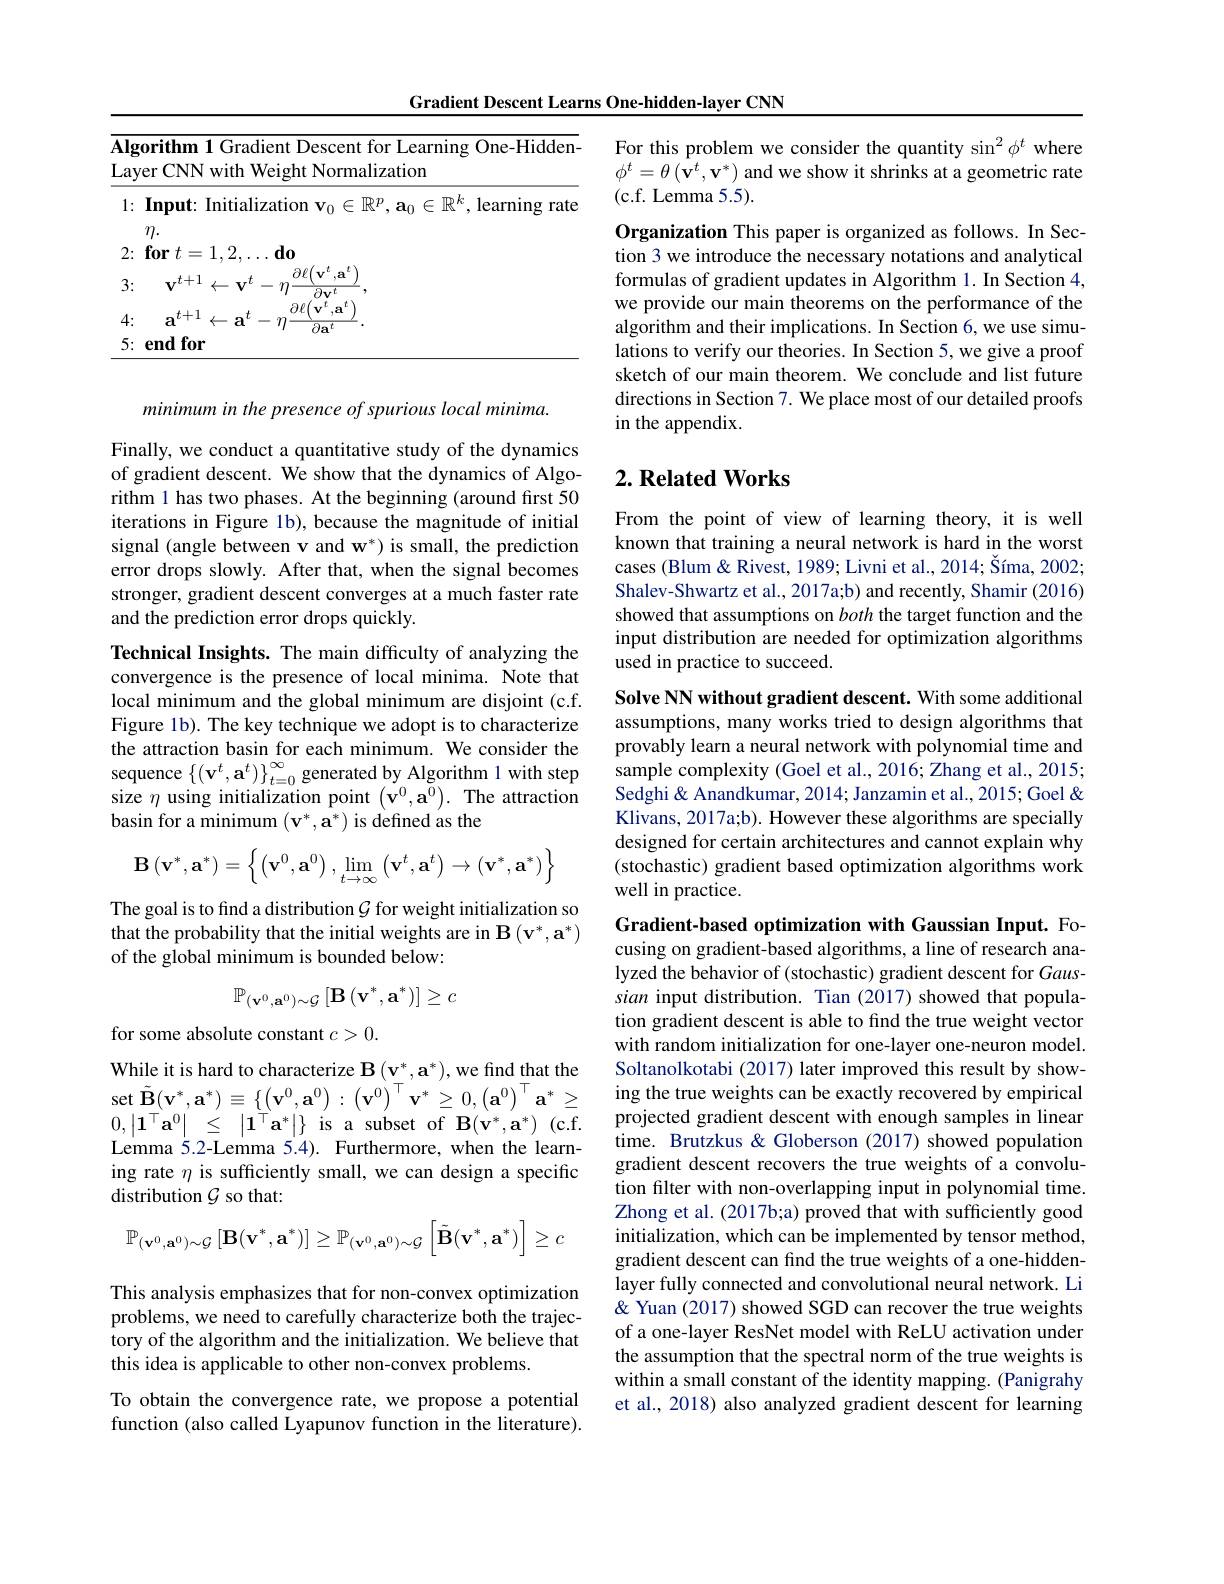
Gradient Descent Learns One-hidden-layer CNN

<table>
	<tbody>
		<tr>
			<td>1: $\textbf{Input: Initializa}$</td>
			<td>1:</td>
			<td>$\textbf{nput: Initialization v}_0\in\mathbb{R}^p,\mathbf{a}_0\in\mathbb{R}^k$,learning rate</td>
		</tr>
		<tr>
			<td>$\textbf{for }t= 1, 2$ 2:</td>
			<td>2:</td>
			<td>$\mathbf{or}$ $t= 1, 2, \ldots \mathbf{do}$</td>
		</tr>
		<tr>
			<td>3: $rt+1$ 7 $\mathbf{T}\boldsymbol{T}^{\boldsymbol{U}}$ $\leftarrow$</td>
			<td>3:</td>
			<td>$\partial\ell l$ $(\mathbf{v}^{\boldsymbol{\iota}},\mathbf{a}^{\boldsymbol{\iota}}$ $\tau\boldsymbol{l}-$ 十. $\leftarrow\mathbf{v}^{t}$ $\partial\mathbf{v}^{t}$</td>
		</tr>
		<tr>
			<td>$t+1$ 4: a $\leftarrow$ a $t$</td>
			<td>4: · 1 1</td>
			<td>$\mathbf{a}^{t+1}\leftarrow\mathbf{a}^{t}-$ $\partial\ell_{1}$ 7</td>
		</tr>
		<tr>
			<td>$5: \textbf{endfor}$</td>
			<td>5: · T</td>
			<td>for $Ua$ md</td>
		</tr>
	</tbody>
</table>

Finally, we conduct a quantitative study of the dynamics of gradient descent. We show that the dynamics of Algorithm 1 has two phases. At the beginning (around first 50 iterations in Figure 1b), because the magnitude of initial signal (angle between v and w*) is small, the prediction error drops slowly. After that, when the signal becomes stronger, gradient descent converges at a much faster rate and the prediction error drops quickly.

minimum in the presence of spurious local minima.
Technical Insights. The main difficulty of analyzing the convergence is the presence of local minima. Note that local minimum and the global minimum are disjoint (c.f. Figure 1b). The key technique we adopt is to characterize the attraction basin for each minimum. We consider the sequence $\left\{(\mathbf{v}^{t},\mathbf{a}^{t})\right\}_{t=0}^{\infty}$ generated by Algorithm 1 with step size $\eta$ using initialization point $\left(\dot{\mathbf{v}}^0,\tilde{\mathbf{a}}^0\right).$ The attraction basin for a minimum $(\mathbf{v}^*,\mathbf{a}^*)$ is defined as the
$$\mathbf{B}\left(\mathbf{v}^{*},\mathbf{a}^{*}\right)=\left\{\left(\mathbf{v}^{0},\mathbf{a}^{0}\right),\lim_{t\to\infty}\left(\mathbf{v}^{t},\mathbf{a}^{t}\right)\to\left(\mathbf{v}^{*},\mathbf{a}^{*}\right)\right\}$$
The goal is to find a distribution $\mathcal{G}$ for weight initialization so that the probability that the initial weights are in $\mathbf{B}\left(\mathbf{v}^{*},\mathbf{a}^{*}\right)$ of the global minimum is bounded below:
$$\mathbb{P}_{(\mathbf{v}^{0},\mathbf{a}^{0})\sim\mathcal{G}}\left[\mathbf{B}\left(\mathbf{v}^{*},\mathbf{a}^{*}\right)\right]\geq c$$
for some absolute constant $c>0.$
While it is hard to characterize $\mathbf{B}\left(\mathbf{v}_{-}^{*},\mathbf{a}^{*}\right)$,we find that the $\operatorname*{set}\tilde{\mathbf{B}}(\mathbf{v}^{*},\mathbf{a}^{*})\equiv\left\{\left(\mathbf{v}^{0},\mathbf{a}^{0}\right):\left(\mathbf{v}^{0}\right)^{\top}\mathbf{v}^{*}\geq0,\left(\mathbf{a}^{0}\right)^{\top}\mathbf{a}^{*}\geq\right.$ $0, \left | \mathbf{1} ^{\top }\mathbf{a} ^{0}\right |$ $\leq$ $\left | \mathbf{1} ^{\top }\mathbf{a} ^{* }\right | \}$is a subset of B$(\mathbf{v}^{*},\mathbf{a}^{*})$(c.f. Lemma 5.2-Lemma 5.4). Furthermore, when the learning rate $\eta$ is sufficiently small, we can design a specific distribution $\mathcal{G}$ so that:
$$\mathbb{P}_{(\mathbf{v}^{0},\mathbf{a}^{0})\sim\mathcal{G}}\left[\mathbf{B}(\mathbf{v}^{*},\mathbf{a}^{*})\right]\geq\mathbb{P}_{(\mathbf{v}^{0},\mathbf{a}^{0})\sim\mathcal{G}}\left[\tilde{\mathbf{B}}(\mathbf{v}^{*},\mathbf{a}^{*})\right]\geq c$$
This analysis emphasizes that for non-convex optimization problems, we need to carefully characterize both the trajectory of the algorithm and the initialization. We believe that this idea is applicable to other non-convex problems.
To obtain the convergence rate, we propose a potential function (also called Lyapunov function in the literature).

For this problem we consider the quantity $\sin^2\phi^t$ where $\phi^{t}=\theta\left(\hat{\mathbf{v}}^{t},\mathbf{v}^{*}\right)$and we show it shrinks at a geometric rate (c.f. Lemma 5.5).

Organization This paper is organized as follows. In Section 3 we introduce the necessary notations and analytical formulas of gradient updates in Algorithm 1. In Section 4, we provide our main theorems on the performance of the algorithm and their implications. In Section 6, we use simulations to verify our theories. In Section 5, we give a proof sketch of our main theorem. We conclude and list future directions in Section 7. We place most of our detailed proofs in the appendix.

## $2. \textbf{Related Works}$

From the point of view of learning theory, it is well known that training a neural network is hard in the worst cases (Blum & Rivest, 1989; Livni et al., 2014; Šíma, 2002; Shalev-Shwartz et al., 2017a;b) and recently, Shamir (2016) showed that assumptions on both the target function and the input distribution are needed for optimization algorithms used in practice to succeed.

Solve NN without gradient descent. With some additional assumptions, many works tried to design algorithms that provably learn a neural network with polynomial time and sample complexity (Goel et al., 2016; Zhang et al., 2015; Sedghi& Anandkumar, 2014; Janzamin et al., 2015; Goel & Klivans, 2017a;b). However these algorithms are specially designed for certain architectures and cannot explain why (stochastic) gradient based optimization algorithms work well in practice.

Gradient-based optimization with Gaussian Input. Focusing on gradient-based algorithms, a line of research analyzed the behavior of (stochastic) gradient descent for Gaussian input distribution. Tian (2017) showed that population gradient descent is able to find the true weight vector with random initialization for one-layer one-neuron model. Soltanolkotabi (2017) later improved this result by showing the true weights can be exactly recovered by empirical projected gradient descent with enough samples in linear time. Brutzkus & Globerson (2017) showed population gradient descent recovers the true weights of a convolution filter with non-overlapping input in polynomial time. Zhong et al. (2017b;a) proved that with sufficiently good initialization, which can be implemented by tensor method, gradient descent can find the true weights of a one-hiddenlayer fully connected and convolutional neural network. Li & Yuan (2017) showed SGD can recover the true weights of a one-layer ResNet model with ReLU activation under the assumption that the spectral norm of the true weights is within a small constant of the identity mapping. (Panigrahy et al., 2018) also analyzed gradient descent for learning